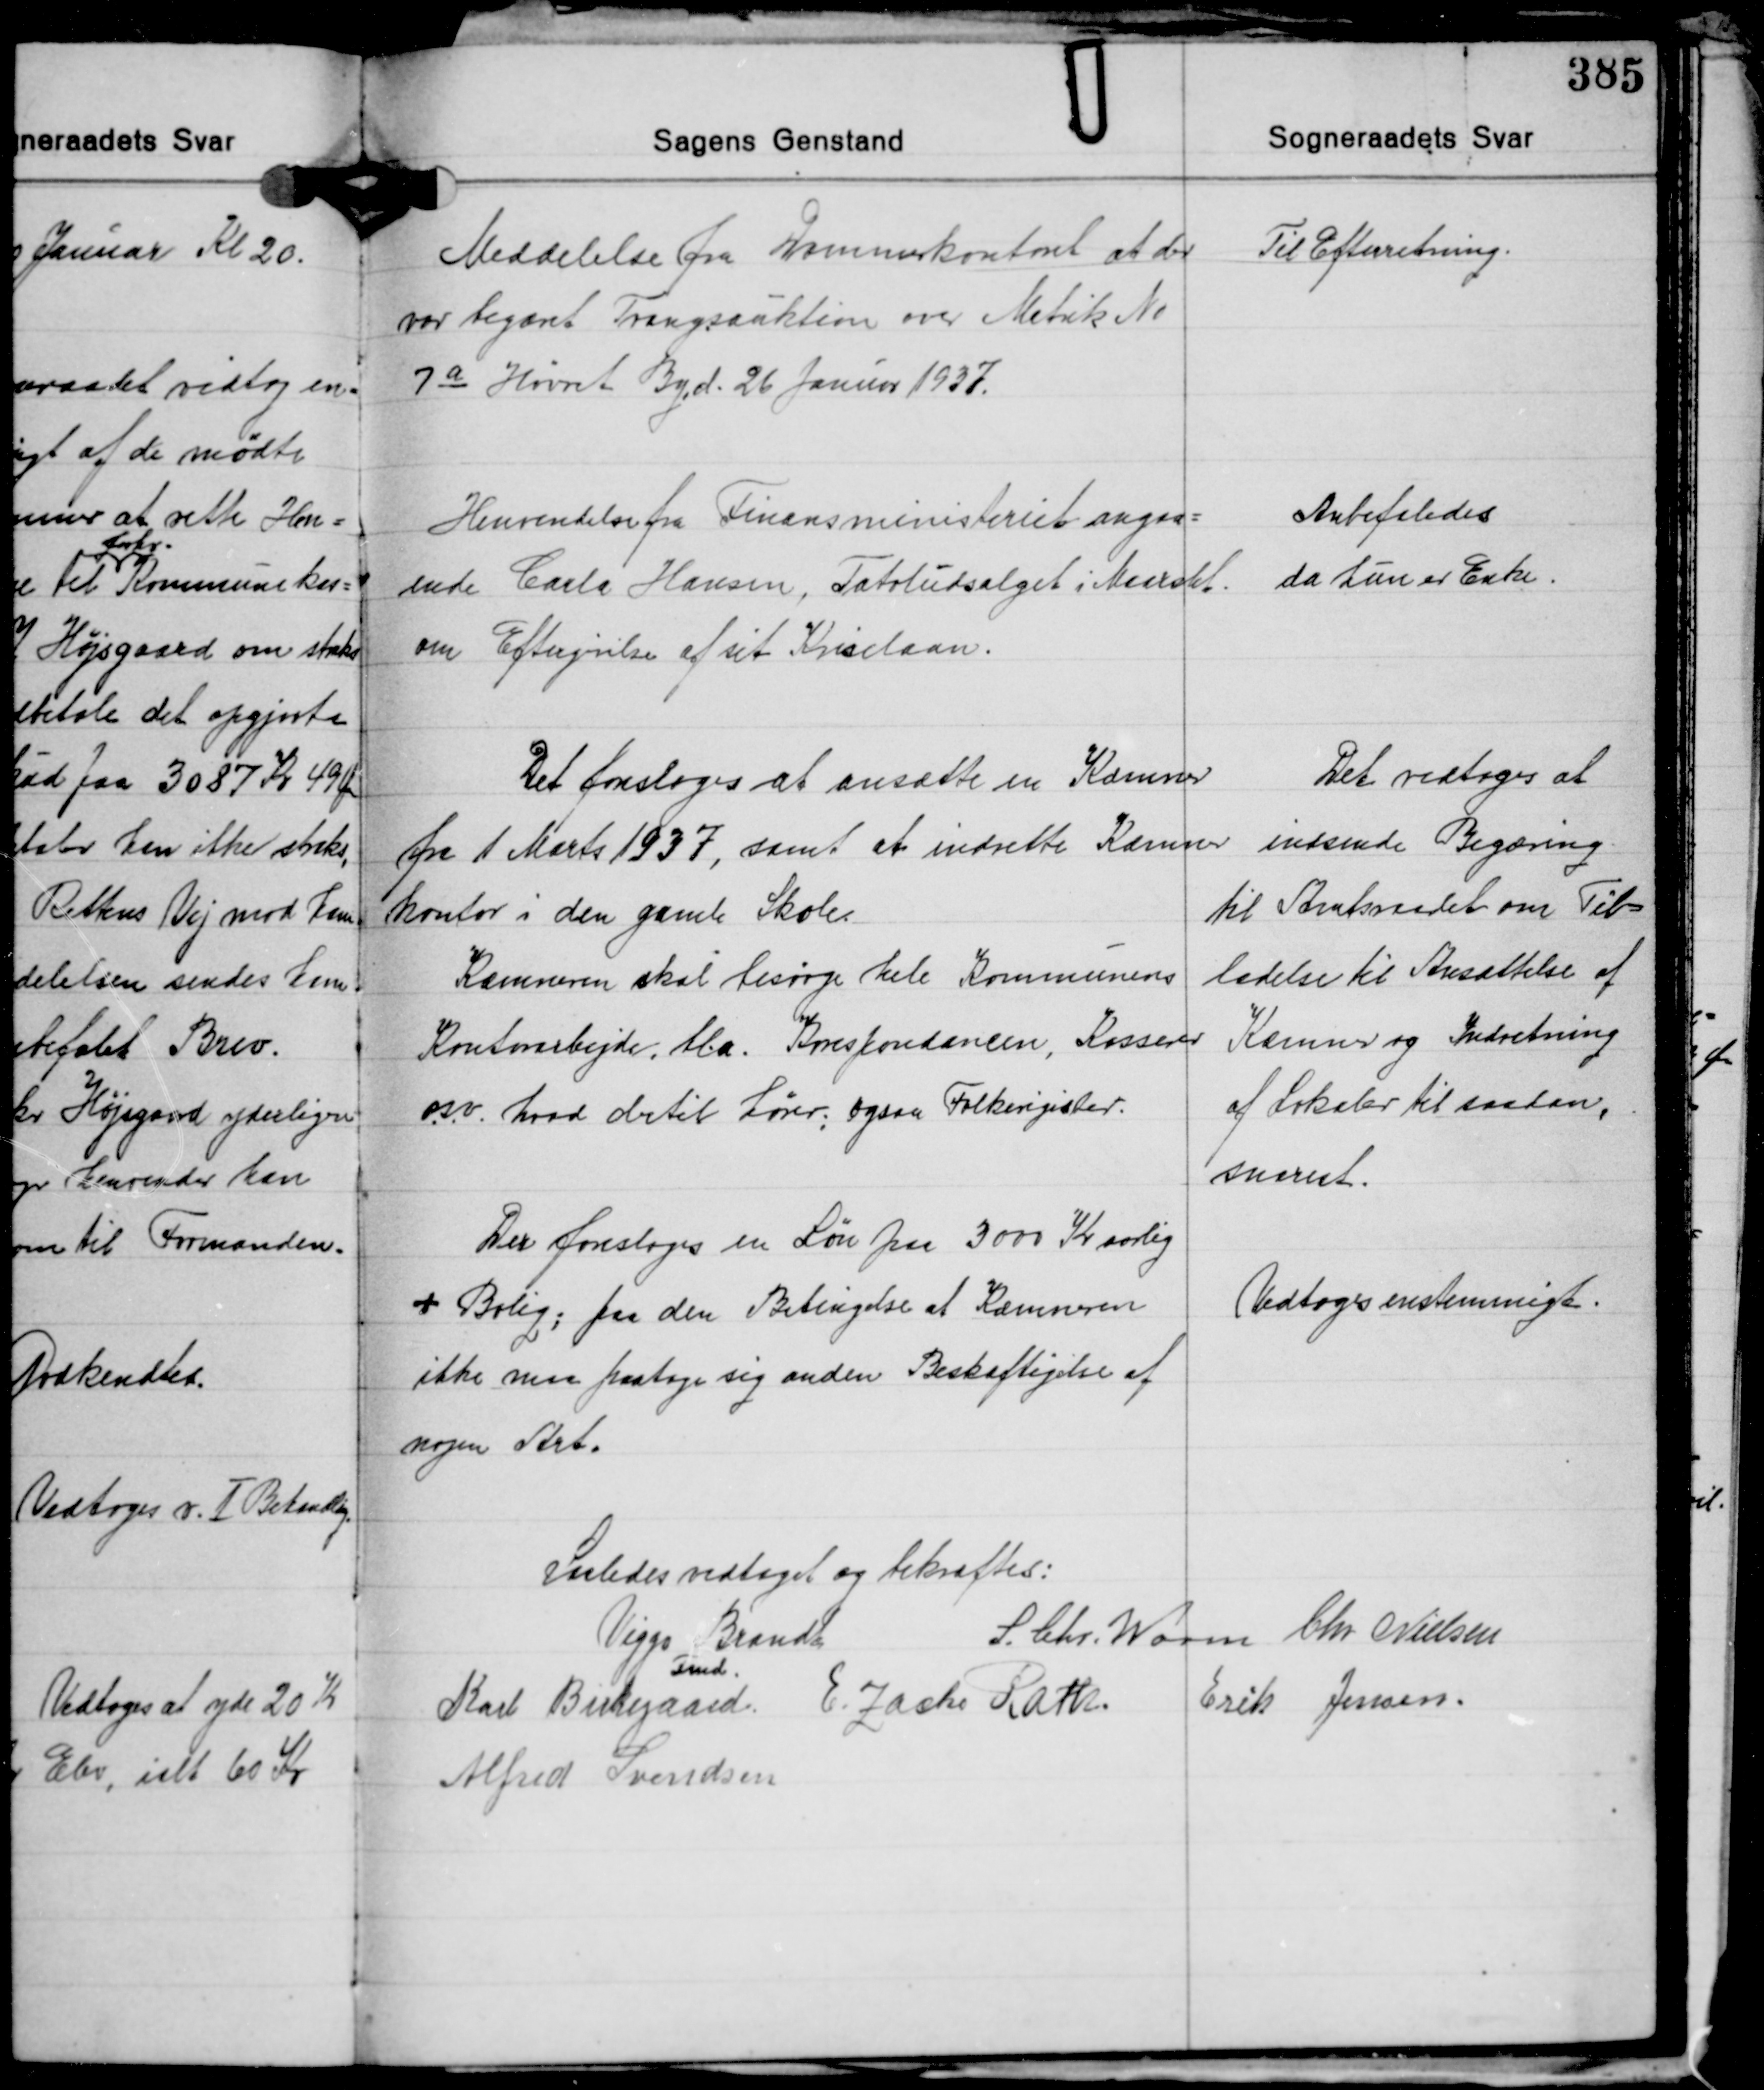
Transskription:
Meddelelse fra Kommerkontont at der
var begæret Tvangsauktion over Matrik No
7a Hørret By, d. 26 Januar 1937.

Til Efterretning.

Henvendelse fra Finansministeriet angaa-
ende Carla Hansen, Tatoludsalget i Maarslet,
om Eftergivelse af sit Kriselaan.

Anbefaledes
da hun er Enke.

Det foresloges at ansætte en Kæmner
fra 1 Marts 1937, samt at indrette Kæmner-
kontor i den gamle Skole.
Kæmmeren skal besørge hele Kommunens
Kontorarbejde, bl.a. Korrespondancen, Kasserer
o.s.v. hvad dertil hører, ogsaa Folkeregester.

Det vedtoges at
indsende Begæring
til Amtsraadet om Til-
ladelse til Ansættelse af
Kæmner og Indretning
af Lokaler til saadan,
snarest.

Der foresloges en Løn paa 3000 Kr. aarlig
+ Bolig; paa den Betingelse at Kæmneren
ikke maa paatage sig anden Beskæftigelse af
nogen Art.

Vedtoges enstemmigt.

Saledes vedtaget og bekræftes:
S. Chr. Worm Chr. Nielsen
Viggo Brandt
Fmd.
Karl Birkegaard E. Zacho Rath Erik Jensen
Alfred Svendsen